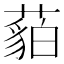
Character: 𱾡